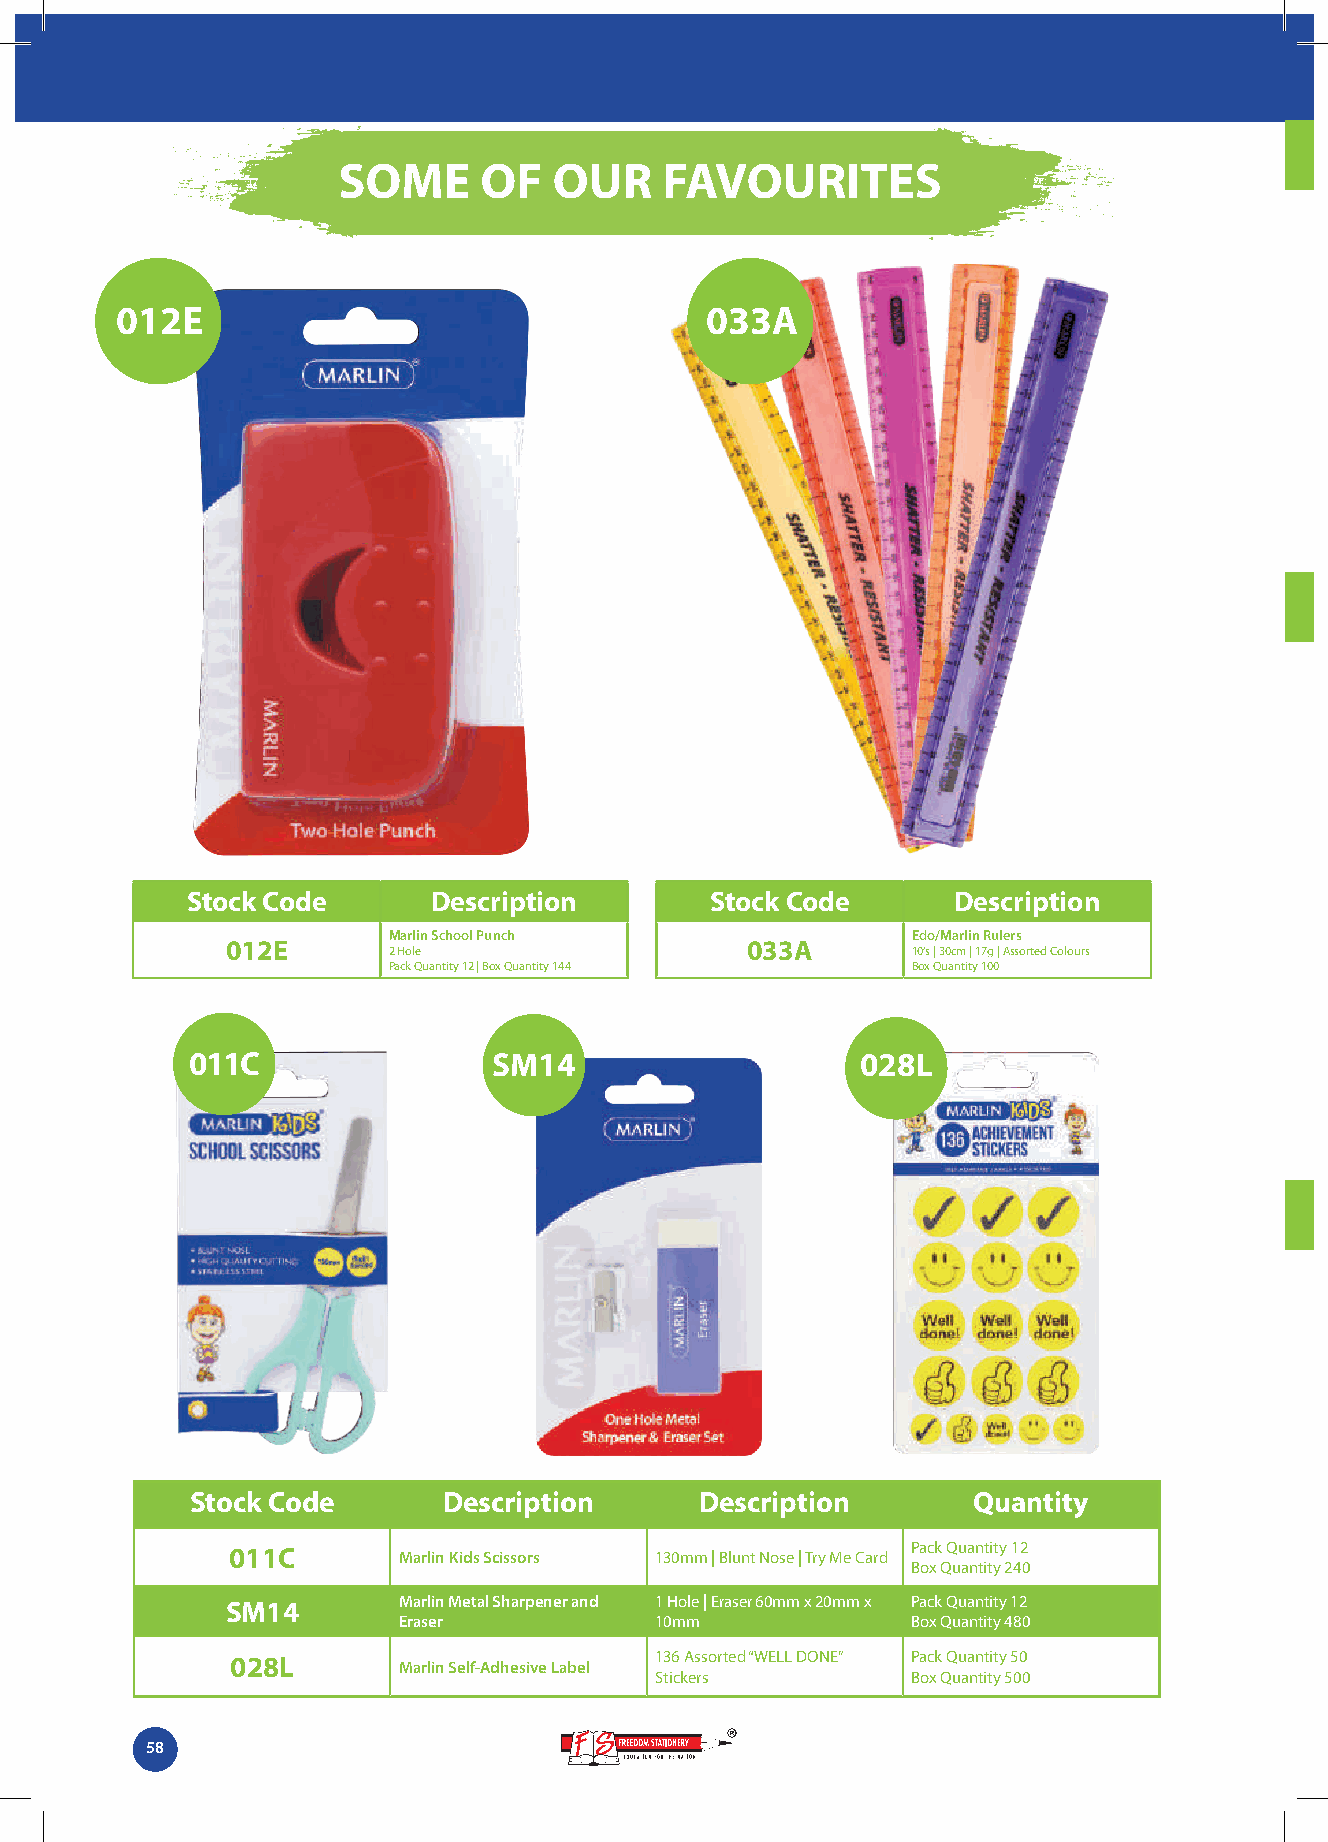
SOME      OF   OUR    FAVOURITES
 012E                                   033A
 Stock Code       Description       Stock Code      Description
 Marlin School Punch               Edo/Marlin Rulers
 012E                              033A
 2 Hole                            10’s | 30cm | 17g | Assorted Colours
 Pack Quantity 12 | Box Quantity 144 Box Quantity 100
 011C                 SM14                    028L
 Stock Code      Description      Description       Quantity
 011C       Marlin Kids Scissors 130mm | Blunt Nose | Try Me Card Pack Quantity 12
 Box Quantity 240
 SM14       Marlin Metal Sharpener and 1 Hole | Eraser 60mm x 20mm x Pack Quantity 12
 Eraser           10mm             Box Quantity 480
 028L       Marlin Self-Adhesive Label 136 Assorted “WELL DONE” Pack Quantity 50
 Stickers         Box Quantity 500
 58